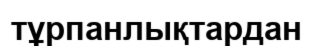
тұрпанлықтардан